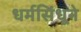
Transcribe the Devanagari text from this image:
धर्मसिंधूने